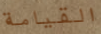
القيامة